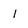
Character: l